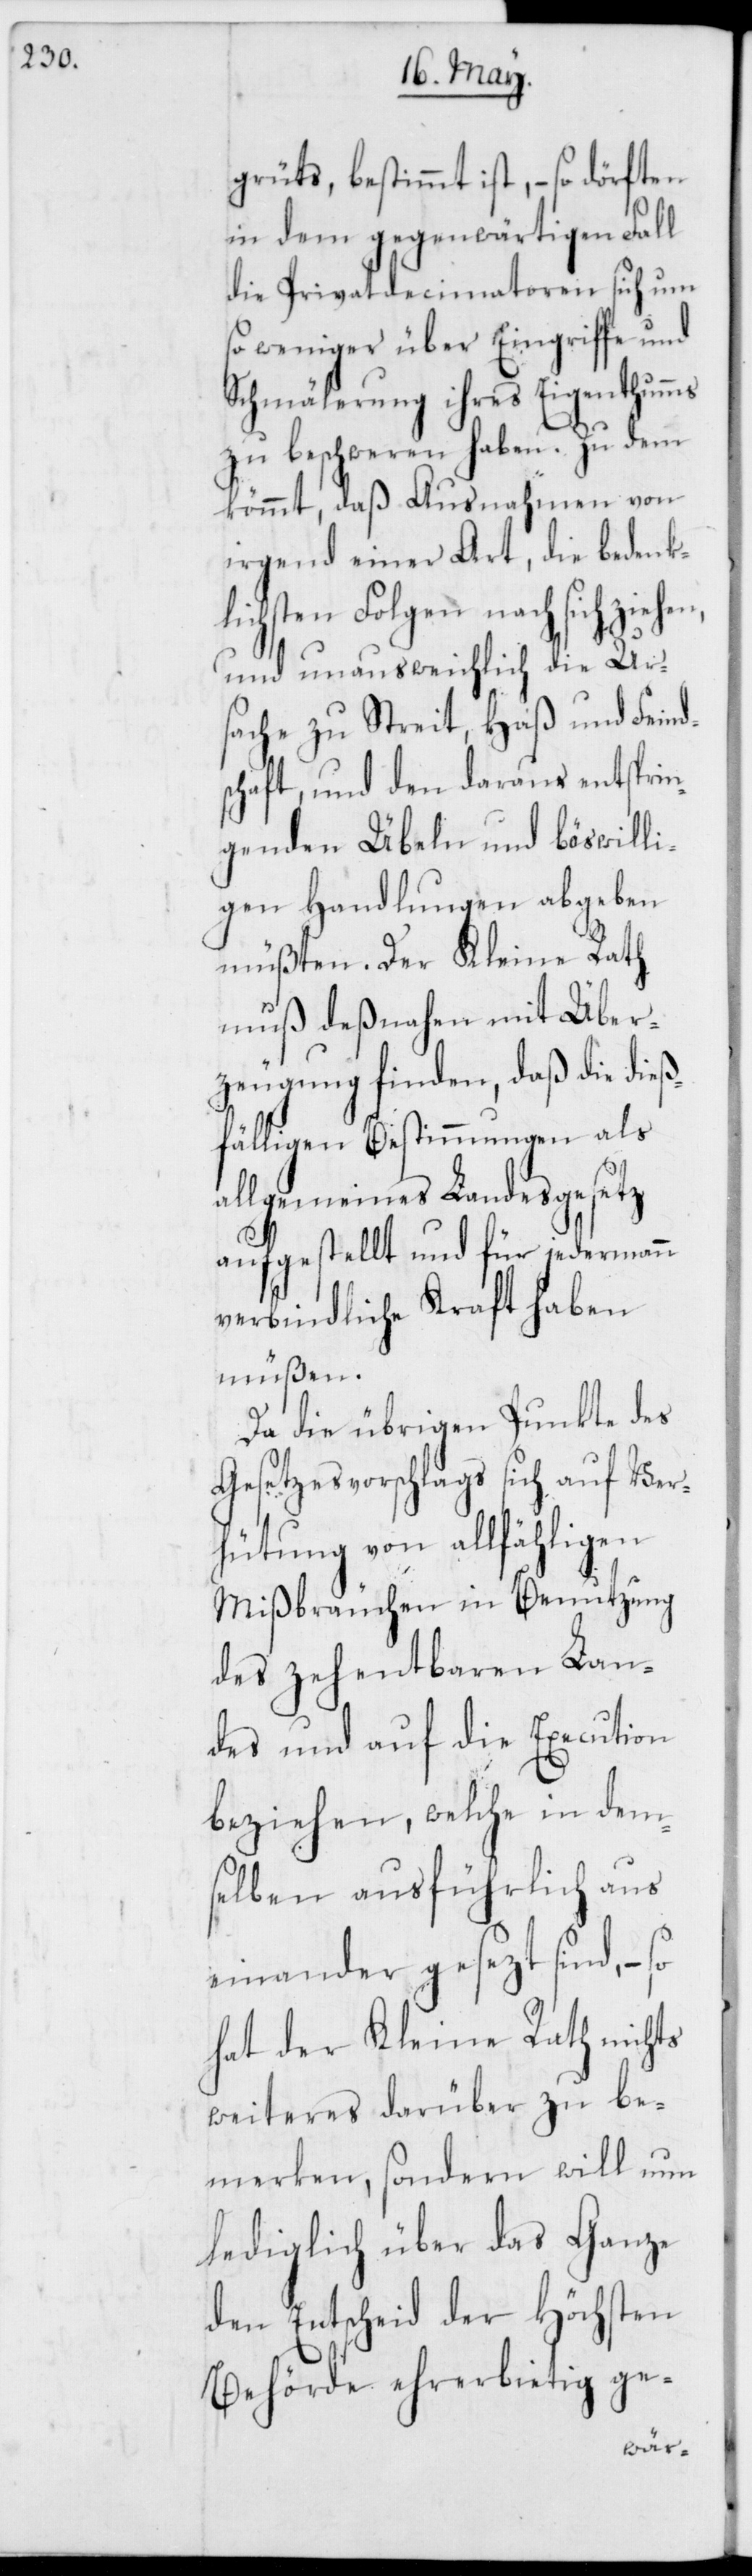
grüts, bestimmt ist, – so dörften
in dem gegenwärtigen Fall
die Privatdecimatoren sich um
so weniger über Eingriffe und
Schmälerung ihres Eigenthumms
zu beschweren haben. Zu dem
kömmt, daß Ausnahmen von
irgend einer Art, die bedenk¬
lichsten folgen nach sich ziehen,
und unausweichlich die Urs¬
ache zu Streit, Haß und Feind¬
schaft, und den daraus entsprin¬
genden Übeln und böswilli¬
gen Handlungen abgeben
müßten. Der Kleine Rath
muß deßnahen mit Über¬
zeugung finden, daß die dieß¬
fälligen Bestimmungen als
allgemeines Landesgesetz
aufgestellt und für jedermann
verbindliche Kraft haben
müßen.
Da die übrigen Punkte des
Gesetzesvorschlags sich auf Ver¬
hütung von allfähligen
Mißbräuchen in Benutzung
des zehentbaren Lan¬
des und auf die Execution
beziehen, welche in dem¬
selben ausführlich aus¬
einander gesezt sind, –
hat der Kleine Rath nichts
weiteres darüber zu be¬
merken, sondern will nun
lediglich über das Ganze
den Entscheid der Höchsten
Behörde ehrerbietig ge-